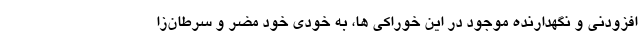
افزودنی و نگهدارنده موجود در این خوراکی ها، به خودی خود مضر و سرطان‌زا